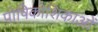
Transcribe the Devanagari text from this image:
पोषिकोशिकाओं